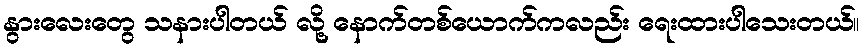
နွားလေးတွေ သနားပါတယ် လို့ နောက်တစ်ယောက်ကလည်း ရေးထားပါသေးတယ်။